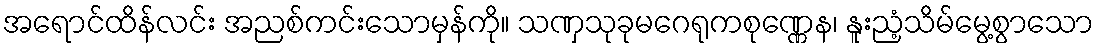
အရောင်ထိန်လင်း အညစ်ကင်းသောမှန်ကို။ သဏှသုခုမဂေရုကစုဏ္ဏေန၊ နူးညံ့သိမ်မွေ့စွာသော